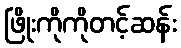
ဖြိုးကိုကိုတင့်ဆန်း